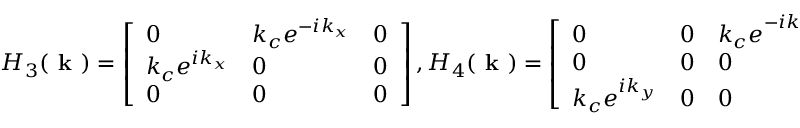
H _ { 3 } ( \textbf { k } ) = \left[ \begin{array} { l l l } { 0 } & { k _ { c } e ^ { - i k _ { x } } } & { 0 } \\ { k _ { c } e ^ { i k _ { x } } } & { 0 } & { 0 } \\ { 0 } & { 0 } & { 0 } \end{array} \right] , H _ { 4 } ( \textbf { k } ) = \left[ \begin{array} { l l l } { 0 } & { 0 } & { k _ { c } e ^ { - i k _ { y } } } \\ { 0 } & { 0 } & { 0 } \\ { k _ { c } e ^ { i k _ { y } } } & { 0 } & { 0 } \end{array} \right] .